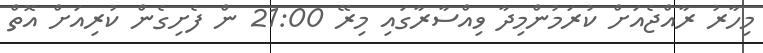
މިހާރު ރާއްޖެއަށް ކުރަމުންމިދާ ވިއްސާރާގައި މިރޭ 21:00 ން ފެށިގެން ކުރިއަށް އޮތް